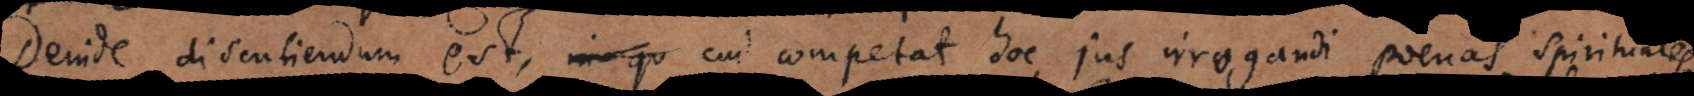
Deinde discutiendum est, in qu cui competat hoc jus irrogandi poenas spirituales.